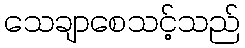
သေချာစေသင့်သည်